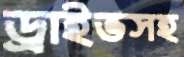
ড্রাইভসহ